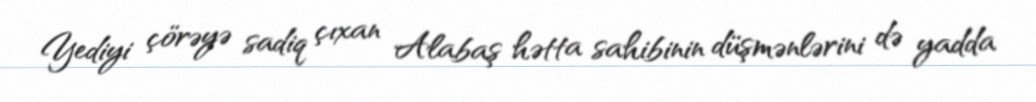
Yediyi çörəyə sadiq çıxan Alabaş hətta sahibinin düşmənlərini də yadda